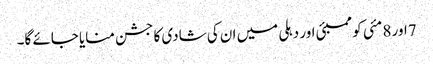
7اور 8 مئی کو ممبئی اور دہلی میں ان کی شادی کا جشن منایا جائے گا۔